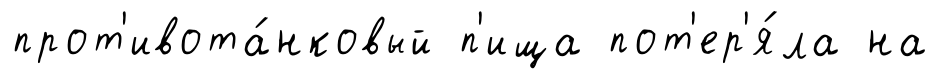
прот'ивота́нковый п'ища пот'ер'я́ла на